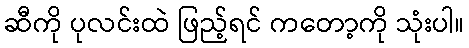
ဆီကို ပုလင်းထဲ ဖြည့်ရင် ကတော့ကို သုံးပါ။